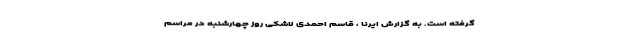
گرفته است. به گزارش ایرنا ، قاسم احمدی لاشکی روز چهارشنبه در مراسم